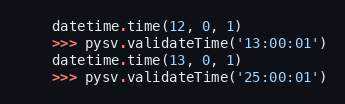
Language: Python
    datetime.time(12, 0, 1)
    >>> pysv.validateTime('13:00:01')
    datetime.time(13, 0, 1)
    >>> pysv.validateTime('25:00:01')